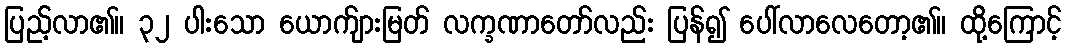
ပြည့်လာ၏။ ၃၂ ပါးသော ယောက်ျားမြတ် လက္ခဏာတော်လည်း ပြန်၍ ပေါ်လာလေတော့၏။ ထို့ကြောင့်